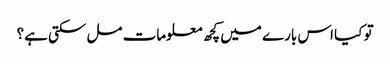
تو کیا اس بارے میں کچھ معلومات مل سکتی ہے؟